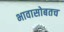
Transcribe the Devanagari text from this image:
भावासोबतच